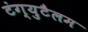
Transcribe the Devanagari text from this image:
टंग्युटैलम